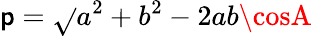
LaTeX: \mathsf{p}=\sqrt{}{{a^{2}+b^{2}-2ab\cosA}}